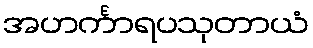
အဟင်္ကာရပသုတာယံ